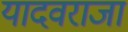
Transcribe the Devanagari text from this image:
यादवराजा